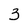
Character: 3